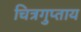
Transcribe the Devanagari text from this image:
चित्रगुप्ताय